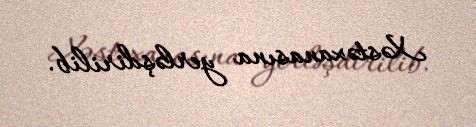
Xəstəxanasına yerləşdirilib.